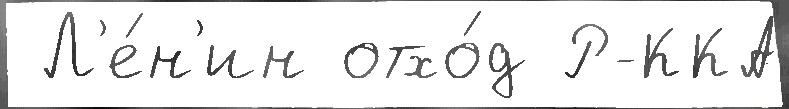
 Л'е́н'ин отхо́д Р-ККА